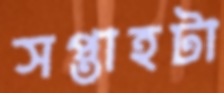
সপ্তাহটা